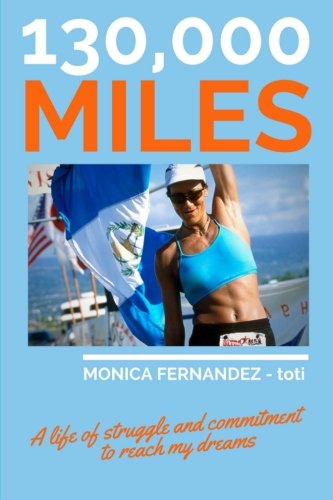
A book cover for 130,000 miles; Monica Fernandez - toti; Health, Fitness & Dieting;